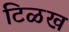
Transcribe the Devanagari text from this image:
टिळख